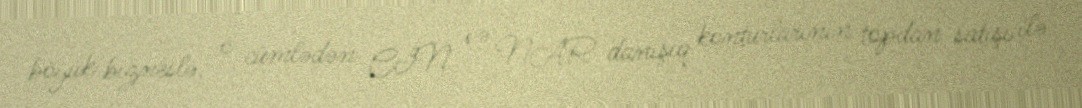
böyük bizneslə, o cümlədən CİN və NAR danışıq konturlarının topdan satışı ilə